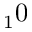
_ 1 0